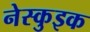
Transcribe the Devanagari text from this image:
नेस्कुइक